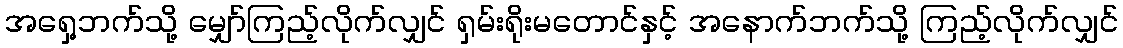
အရှေ့ဘက်သို့ မျှော်ကြည့်လိုက်လျှင် ရှမ်းရိုးမတောင်နှင့် အနောက်ဘက်သို့ ကြည့်လိုက်လျှင်